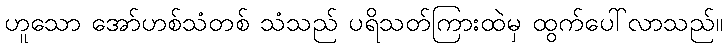
ဟူသော အော်ဟစ်သံတစ် သံသည် ပရိသတ်ကြားထဲမှ ထွက်ပေါ်လာသည်။